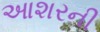
આશરની